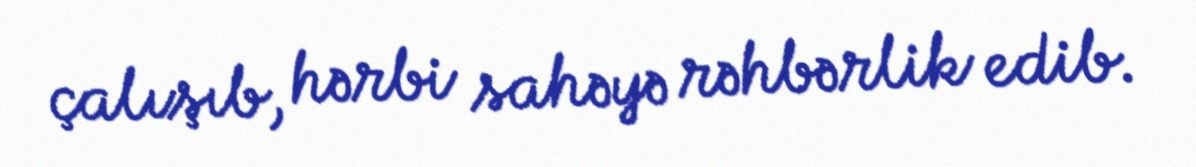
çalışıb, hərbi sahəyə rəhbərlik edib.